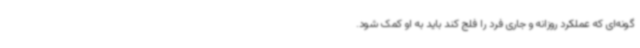
گونه‌ای که عملکرد روزانه و جاری فرد را فلج کند باید به او کمک شود.